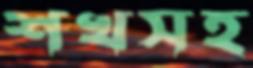
শখসহ